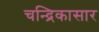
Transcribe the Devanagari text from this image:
चन्द्रिकासार